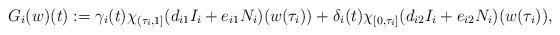
LaTeX: \begin{align*}G_i(w)(t):=\gamma_{i}(t)\chi_{(\tau_i,1]}(d_{i1}I_i+e_{i1}N_i)(w(\tau_i))+\delta_i(t)\chi_{[0,\tau_i]}(d_{i2}I_i+e_{i2}N_i)(w(\tau_i)),\end{align*}